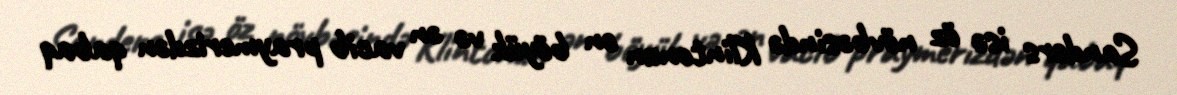
Sanders isə öz növbəsində Klintonun ən böyük və ən vacib praymerizdən qabaq